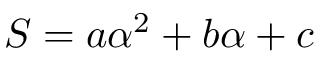
S = a \alpha ^ { 2 } + b \alpha + c